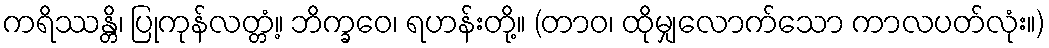
ကရိဿန္တိ၊ ပြုကုန်လတ္တံ့။ ဘိက္ခဝေ၊ ရဟန်းတို့။ (တာဝ၊ ထိုမျှလောက်သော ကာလပတ်လုံး။)